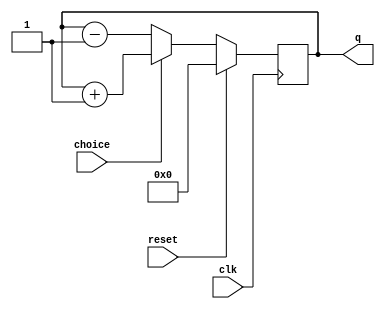
module upordown_counter(q,choice,clk,reset);
output [3:0]q;
input choice,clk,reset;
reg [3:0]q=0;
always@(posedge clk)
	begin
		if(reset)
			begin
				q<=4'b0;
			end
		else if(choice)
			begin
				q<=q+1;
			end
		else begin
			q<=q-1;
		end
	end
endmodule